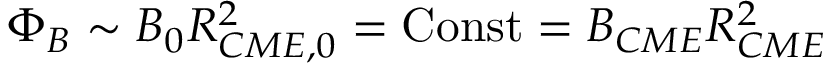
\Phi _ { B } \sim B _ { 0 } R _ { C M E , 0 } ^ { 2 } = \mathrm { C o n s t } = B _ { C M E } R _ { C M E } ^ { 2 }